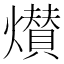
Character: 㸇